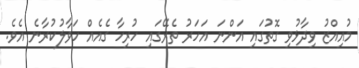
މުއިއްޒު ވިދާޅުވި ގޮތުގައި އަންނަ އަހަރު ތެރޭގައި ހުރިހާ ގެއެއް ހަވާލުކުރާނެ އެވެ.